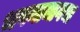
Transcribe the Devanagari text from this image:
भवनामागचा